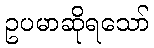
ဥပမာဆိုရသော်